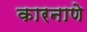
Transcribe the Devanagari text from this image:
कारनाणे